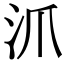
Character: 沠